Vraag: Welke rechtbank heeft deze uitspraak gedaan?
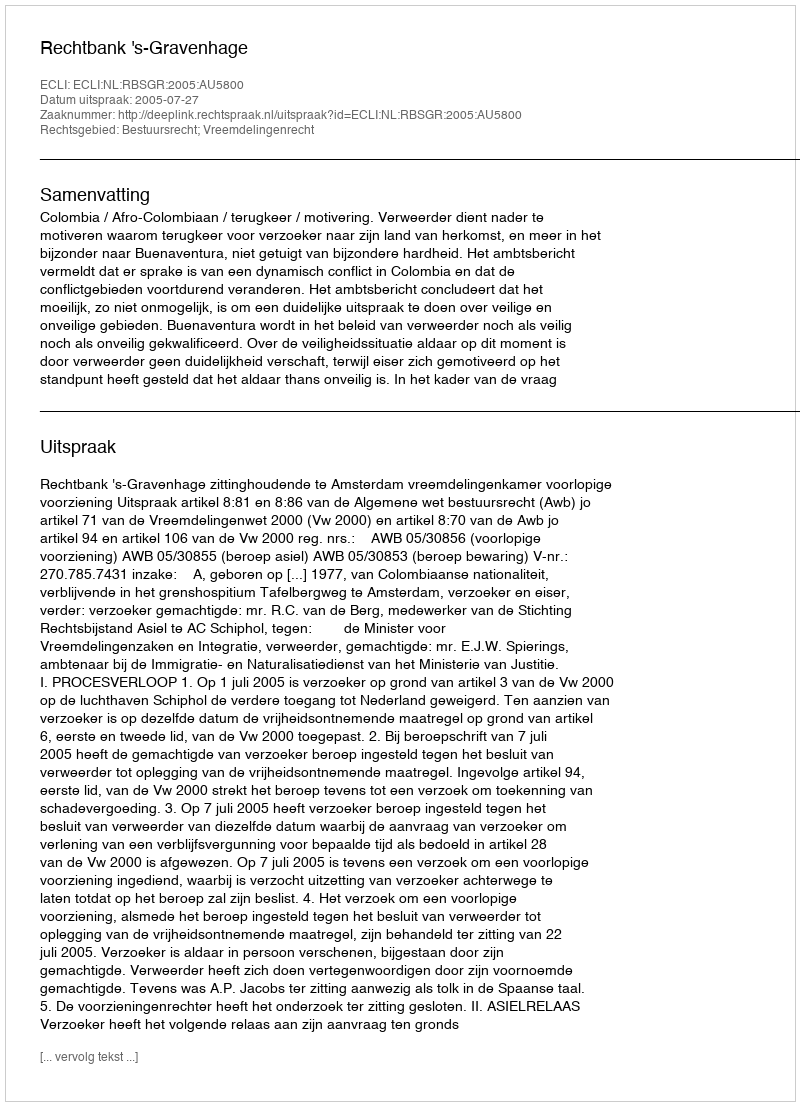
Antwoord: Rechtbank 's-Gravenhage